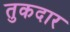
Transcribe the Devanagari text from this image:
तुकदार